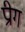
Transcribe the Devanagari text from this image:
प्रीग